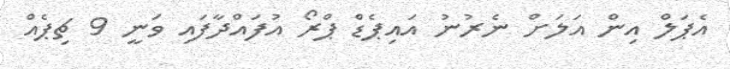
އެޕަލް އިން އަލަށް ނެރުނު އައިޕެޑް ޕްރޯ އުފައްދާފައި ވަނީ 9 ޗިޕެއް